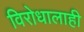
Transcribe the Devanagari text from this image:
विरोधालाही